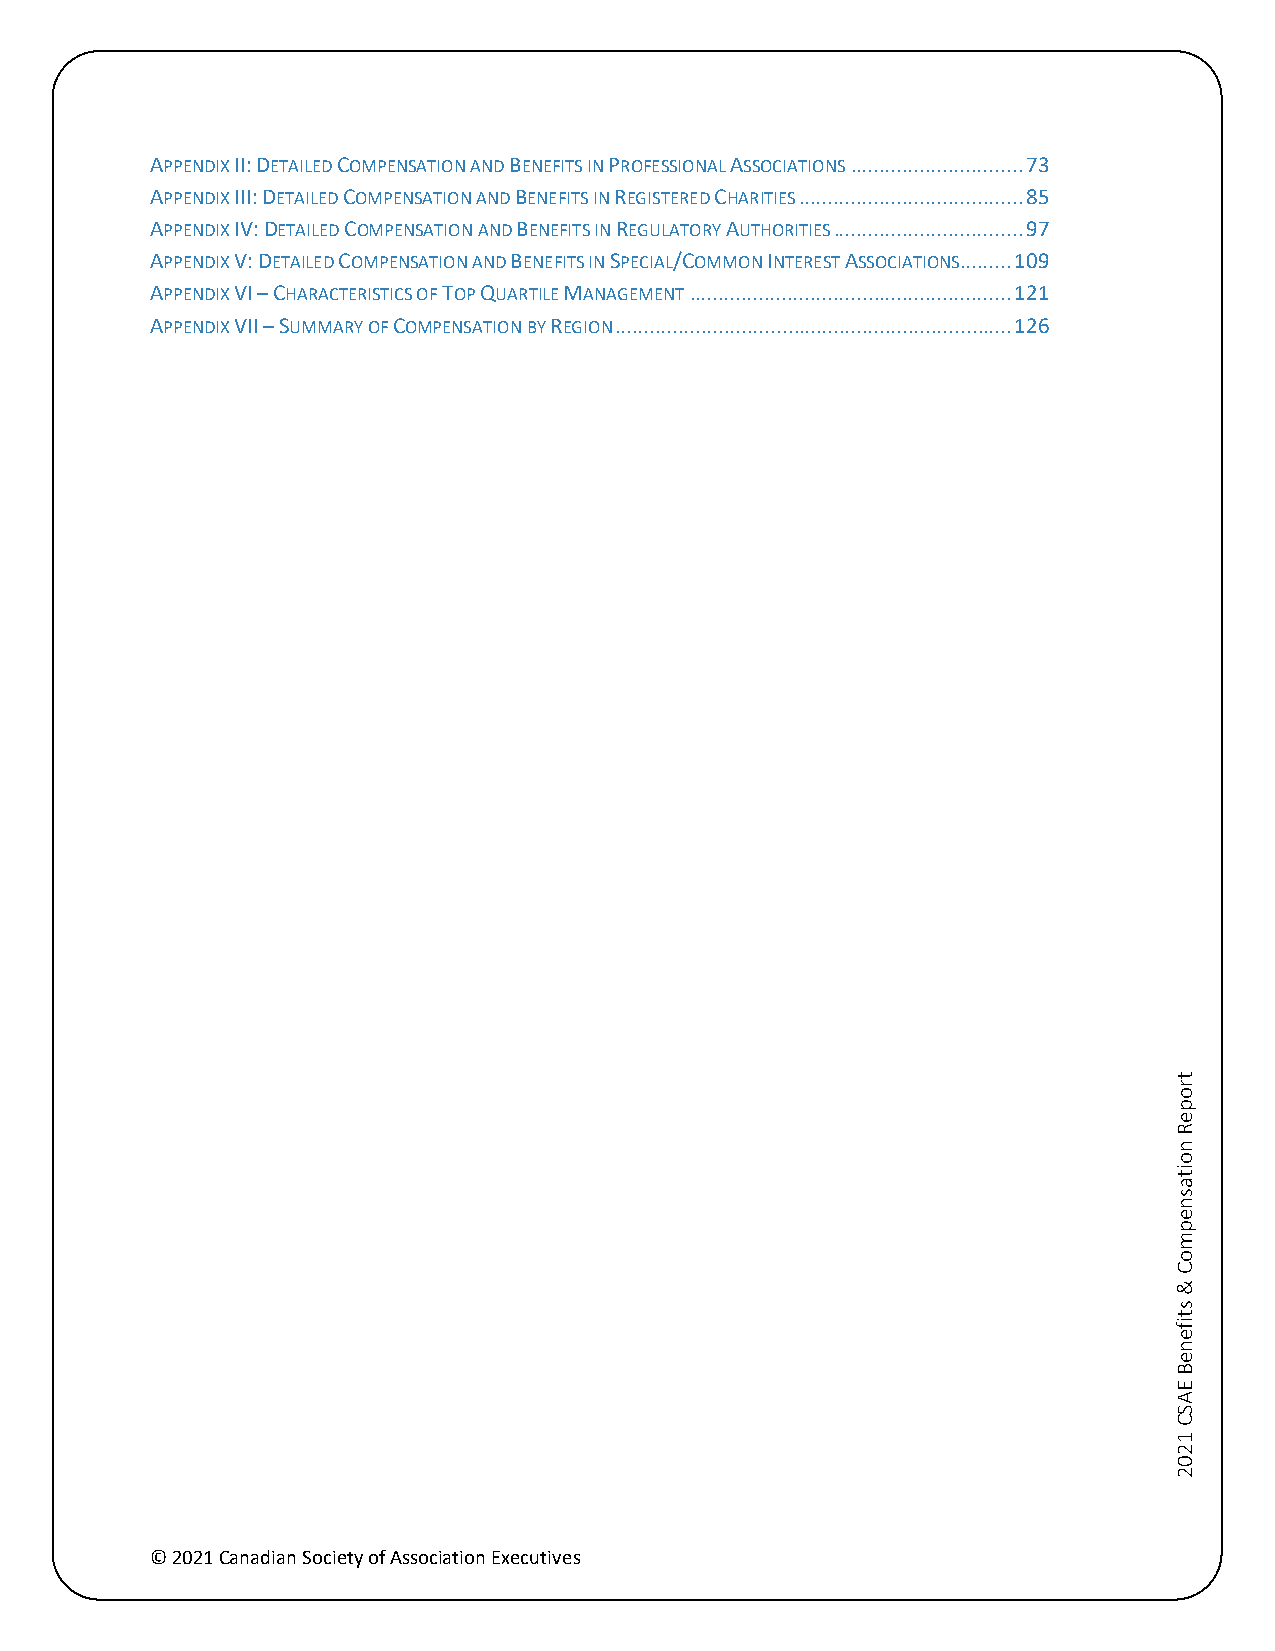
APPENDIX II: DETAILED COMPENSATION AND BENEFITS IN PROFESSIONAL ASSOCIATIONS .............................. 73
 APPENDIX III: DETAILED COMPENSATION AND BENEFITS IN REGISTERED CHARITIES ....................................... 85
 APPENDIX IV: DETAILED COMPENSATION AND BENEFITS IN REGULATORY AUTHORITIES ................................. 97
 APPENDIX V: DETAILED COMPENSATION AND BENEFITS IN SPECIAL/COMMON INTEREST ASSOCIATIONS ......... 109
 APPENDIX VI – CHARACTERISTICS OF TOP QUARTILE MANAGEMENT ........................................................ 121
 APPENDIX VII – SUMMARY OF COMPENSATION BY REGION ..................................................................... 126
 © 2021 Canadian Society of Association Executives
 tropeR
 noitasnepmoC
 &
 stifeneB
 EASC
 1202